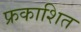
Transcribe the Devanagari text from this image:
फ्रकाशित